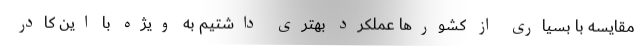
مقایسه با بسیاری از کشورها عملکرد بهتری داشتیم به ویژه با این کادر